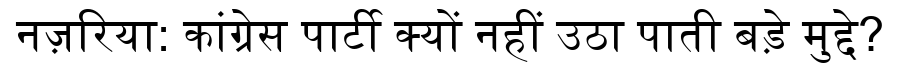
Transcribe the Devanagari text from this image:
नज़रिया: कांग्रेस पार्टी क्यों नहीं उठा पाती बड़े मुद्दे?